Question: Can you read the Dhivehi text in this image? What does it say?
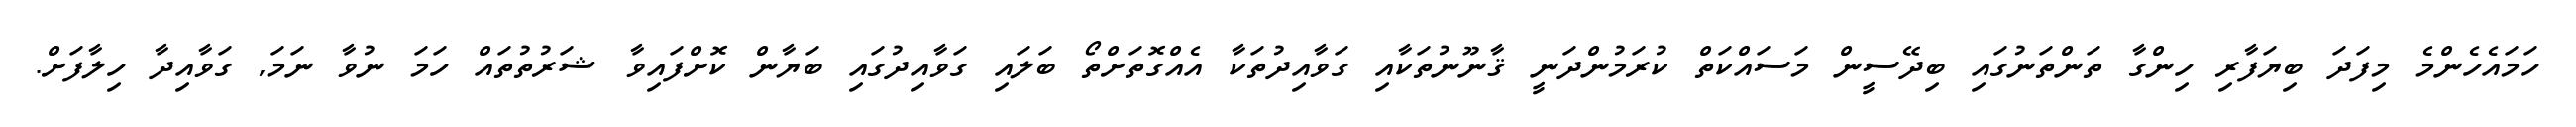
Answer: ހަމައެހެންމެ މިފަދަ ބިޔަފާރި ހިންގާ ތަންތަނުގައި ބިދޭސީން މަސައްކަތް ކުރަމުންދަނީ ޤާނޫނުތަކާއި ގަވާއިދުތަކާ އެއްގޮތަށްތޯ ބަލައި ގަވާއިދުގައި ބަޔާން ކޮށްފައިވާ ޝަރުތުތައް ހަމަ ނުވާ ނަމަ, ގަވާއިދާ ހިލާފަށް.